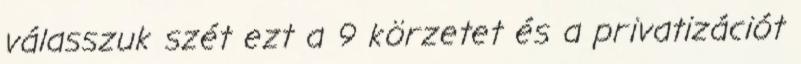
válasszuk szét ezt a 9 körzetet és a privatizációt